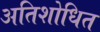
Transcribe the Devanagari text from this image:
अतिशोधित